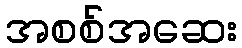
အစစ်အဆေး